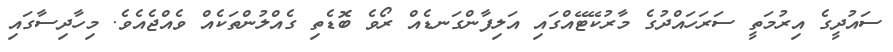
ސައުދީގެ އިރުމަތީ ސަރަހައްދުގެ މާރުކޭޓޭއްގައި އަލިފާންގަނޑެއް ރޯވެ ބޮޑެތި ގެއްލުންތަކެއް ވެއްޖެއެވެ. މިހާދިސާގައި